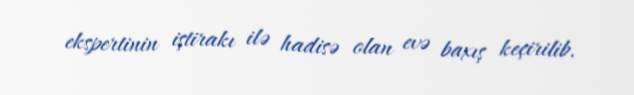
ekspertinin iştirakı ilə hadisə olan evə baxış keçirilib.